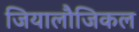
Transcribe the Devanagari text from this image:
जियालौजिकल